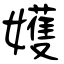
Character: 嬳